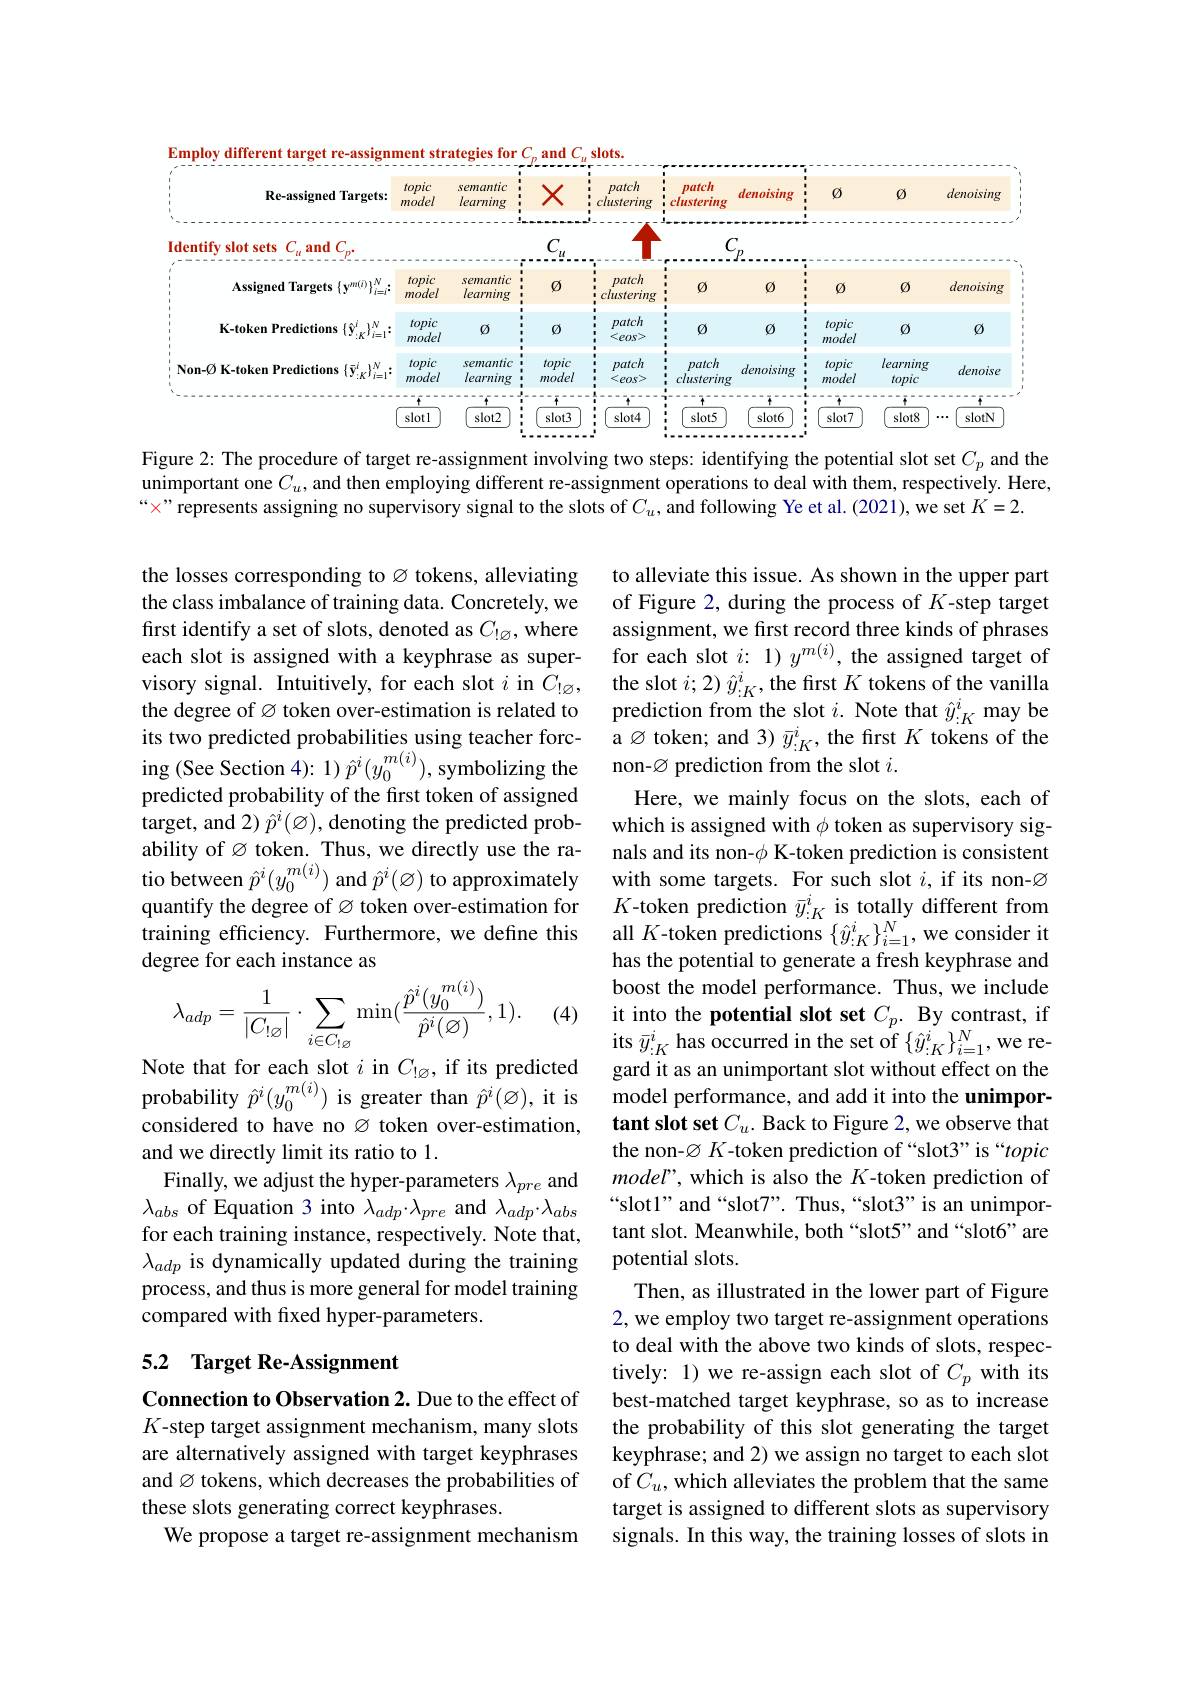
<FigureHere>
Figure 2: The procedure of target re-assignment involving two steps: identifying the potential slot set $C_p$ and the

unimportant one $C_u$, and then employing different re-assignment operations to deal with them, respectively. Here,
“x” represents assigning no supervisory signal to the slots of $C_u$, and following Ye et al. (2021), we set $K=2.$

the losses corresponding to $\varnothing$ tokens, alleviating the class imbalance of training data. Concretely, we first identify a set of slots, denoted as $C_!\varnothing$,where each slot is assigned with a keyphrase as supervisory signal. Intuitively, for each slot $i$ in $\bar{C}_{!\varnothing}$, the degree of Ø token over-estimation is related to its two predicted probabilities using teacher forcing (See Section 4): 1) $\hat{p}^{i}(y_{0}^{m(i)})$, symbolizing the non-Ø prediction from the slot $i.$
predicted probability of the first token of assigned target, and $2)\hat{p}^i(\varnothing)$,denoting the predicted probability of $\varnothing$ token. Thus, we directly use the ratio between $\hat{p}^i(y_0^{m(i)})$ and $\hat{p}^i(\varnothing)$ to approximately quantify the degree of Ø token over-estimation for training efficiency. Furthermore, we define this all $K$-token predictions $\{\hat{y}_{:K}^i\}_{i=1}^N$, we consider it
degree for each instance as
$$\lambda_{adp}=\frac{1}{|C_{!\varnothing}|}\cdot\sum_{i\in C_{!\varnothing}}\min(\frac{\hat{p}^{i}(y_{0}^{m(i)})}{\hat{p}^{i}(\varnothing)},1).$$
(4)

to alleviate this issue. As shown in the upper part of Figure 2, during the process of $K$-step target assignment, we first record three kinds of phrases for each slot $i:1)y^{m(i)}$, the assigned target of the slot $i;2)\hat{y}_{:K}^i$, the first $K$ tokens of the vanilla prediction from the slot $i.$ Note that $\hat{y}_{:K}^i$ may be a$\varnothing$ token; and 3) $\bar{y}_{:K}^i$, the first $K$ tokens of the Here, we mainly focus on the slots, each of which is assigned with $\phi$ token as supervisory signals and its non-$\phi$ K-token prediction is consistent with some targets. For such slot $i$, if its non-Ø $K$-token prediction $\bar{y}_{:K}^i$ is totally different from has the potential to generate a fresh keyphrase and boost the model performance. Thus, we include it into the potential slot set $C_p.$ By contrast, if its $\bar{y}_{:K}^{i}$ has occurred in the set of $\{\hat{y}_{:K}^{i}\}_{i=1}^{N}$,we regard it as an unimportant slot without effect on the model performance, and add it into the unimportant slot set $C_u.$ Back to Figure 2, we observe that the non-$\varnothing K$-token prediction of“slot3”is“topic $model’$, which is also the $K$-token prediction of “slotl”and“slot7”. Thus,“slot3”is an unimportant slot. Meanwhile, both “slot5”and “slot6”are potential slots.
Then, as illustrated in the lower part of Figure 2, we employ two target re-assignment operations to deal with the above two kinds of slots, respectively: 1) we re-assign each slot of $C_p$ with its best-matched target keyphrase, so as to increase the probability of this slot generating the target keyphrase; and 2) we assign no target to each slot of $C_u$,which alleviates the problem that the same target is assigned to different slots as supervisory signals. In this way, the training losses of slots in

Note that for each slot $i$ in $C_{!\varnothing}$, if its predicted probability $\hat{p}^{i}(y_{0}^{m(i)})$ is greater than $\hat{p}^{i}(\varnothing)$, it is considered to have no $\varnothing$ token over-estimation, and we directly limit its ratio to 1.
Finally, we adjust the hyper-parameters $\lambda_pre$ and $\lambda_{abs}$ of Equation 3 into $\lambda_adp\cdot\lambda_{pre}$ and $\lambda_adp\cdot\lambda_{abs}$ for each training instance, respectively. Note that, $\lambda_{adp}$ is dynamically updated during the training process, and thus is more general for model training compared with fixed hyper-parameters.

## 5.2 Target Re-Assignment

Connection to Observation 2. Due to the effect of $K$-step target assignment mechanism, many slots are alternatively assigned with target keyphrases and Ø tokens, which decreases the probabilities of these slots generating correct keyphrases.
We propose a target re-assignment mechanism